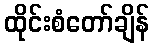
ထိုင်းစံတော်ချိန်